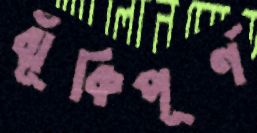
ঝূঁকিপূর্ণ